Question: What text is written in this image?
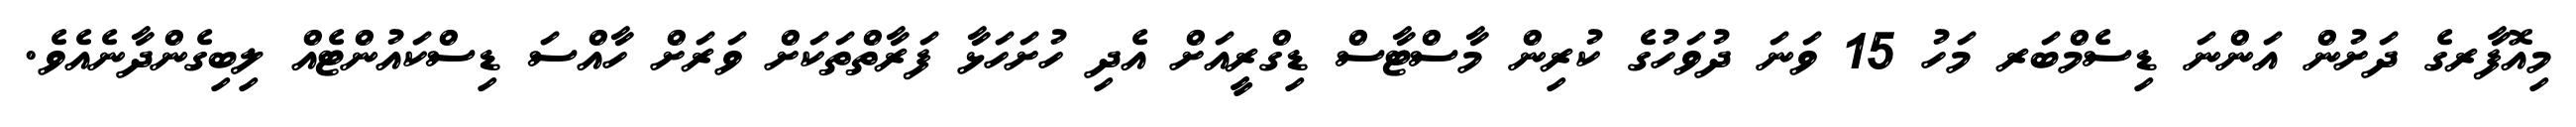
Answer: މިއޮފާރގެ ދަށުން އަންނަ ޑިސެމްބަރ މަހު 15 ވަނަ ދުވަހުގެ ކުރިން މާސްޓާސް ޑިގްރީއަށް އެދި ހުށަހަޅާ ފަރާތްތަކަށް ވަރަށް ހާއްސަ ޑިސްކައުންޓެއް ލިބިގެންދާނެއެވެ.